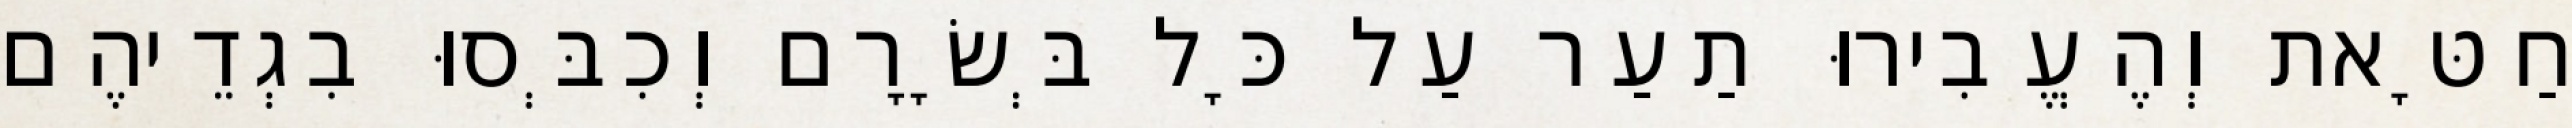
חַטָּאת וְהֶעֱבִירוּ תַעַר עַל כָּל בְּשָׂרָם וְכִבְּסוּ בִגְדֵיהֶם